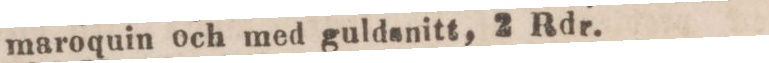
maroquin och med guldenitt, 2 Rdr.